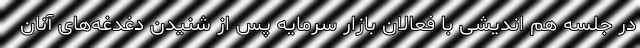
در جلسه هم اندیشی با فعالان بازار سرمایه پس از شنیدن دغدغه‌های آنان